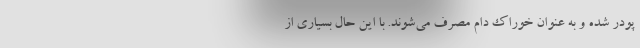
پودر شده و به عنوان خوراک دام مصرف می‌شوند. با این حال بسیاری از